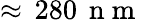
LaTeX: \approx\, 280\, \mathrm{~n~m~}